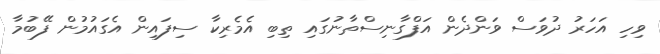
ވިހި އަހަރު ދުވަސް ވަންދެން އަފްގާނިސްތާނުގައި ތިބި އެމެރިކާ ސިފައިން އެގައުމުން ފޭބުމާ